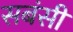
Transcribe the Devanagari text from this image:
सबंसी